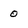
Character: 0